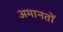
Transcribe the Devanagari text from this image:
अमानतों